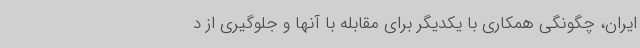
ایران، چگونگی همکاری با یکدیگر برای مقابله با آنها و جلوگیری از د